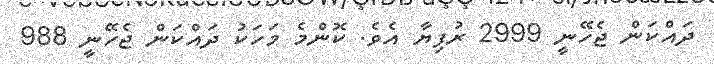
ދައްކަން ޖެހޭނީ 2999 ރުފިޔާ އެވެ. ކޮންމެ މަހަކު ދައްކަން ޖެހޭނީ 988